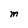
Character: M